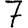
Digit: 7